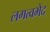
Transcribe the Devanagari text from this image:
लगत्वभेद